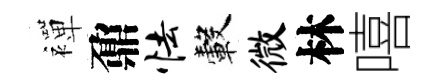
襌鼐怯轂微林嘻